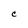
Character: C